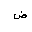
Letter: _dad